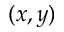
( x , y )